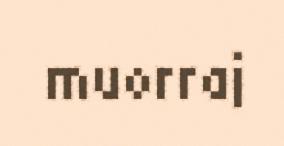
muorraj